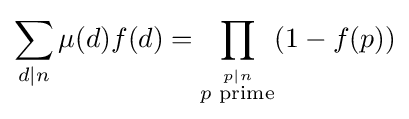
\sum _{d\mid n}\mu (d)f(d)=\prod _{\stackrel {p\mid n}{p{\text{ prime}}}}(1-f(p))